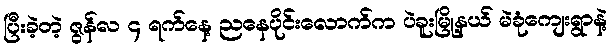
ပြီးခဲ့တဲ့ ဇွန်လ ၄ ရက်နေ့ ညနေပိုင်းလောက်က ပဲခူးမြို့နယ် မဲခုံကျေးရွာနဲ့